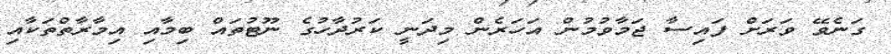
ގަނެވޭ ވަރަށް ފައިސާ ޖަމާވުމުން އަހަރެން މިދަނީ ކަރުދާހުގެ ނޫޓުތައް ބިމާއި އިމާރާތްތަކާއި